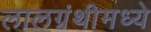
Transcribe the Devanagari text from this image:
लालग्रंथीमध्ये